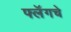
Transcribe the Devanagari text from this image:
फ्लॅगचे